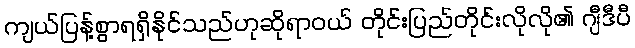
ကျယ်ပြန့်စွာရရှိနိုင်သည်ဟုဆိုရာဝယ် တိုင်းပြည်တိုင်းလိုလို၏ ဂျီဒီပီ